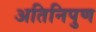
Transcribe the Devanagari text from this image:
अतिनिपुण